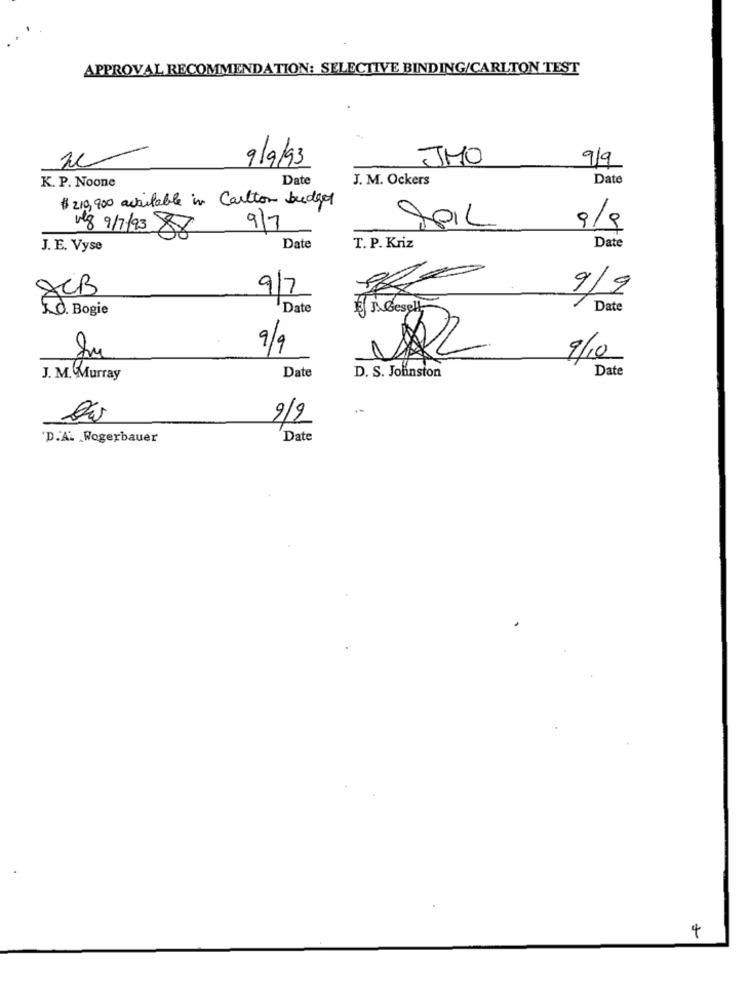
APPROVAL RECOMMENDATION: SELECTIVE BINDING/CARLTON TEST
9/9/93
JMO
9/9
K. P. Noone
Date
J. M. Ockers
Date
$ 210,900 available in Carlton budget
lg 9/7/93 88
9/7
9/9
Date
J. E. Vyse
Date
T. P. Kriz
8CB
9/9
9/7
0. Bogie
Date
J. Geselt
Date
9/9
VAL
9/10
D. S. Johnston
Date
J. M. Murray
Date
9/2
'D.A. Wogerbauer
Date
4